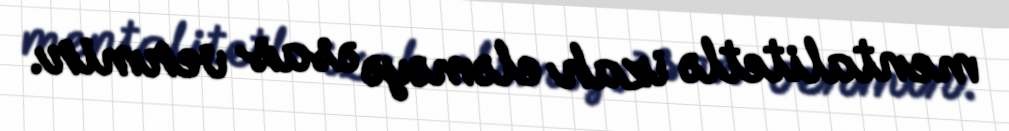
mentalitetlə izah eləməyə əsas vermir.